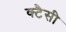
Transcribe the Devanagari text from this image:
क्टैसी